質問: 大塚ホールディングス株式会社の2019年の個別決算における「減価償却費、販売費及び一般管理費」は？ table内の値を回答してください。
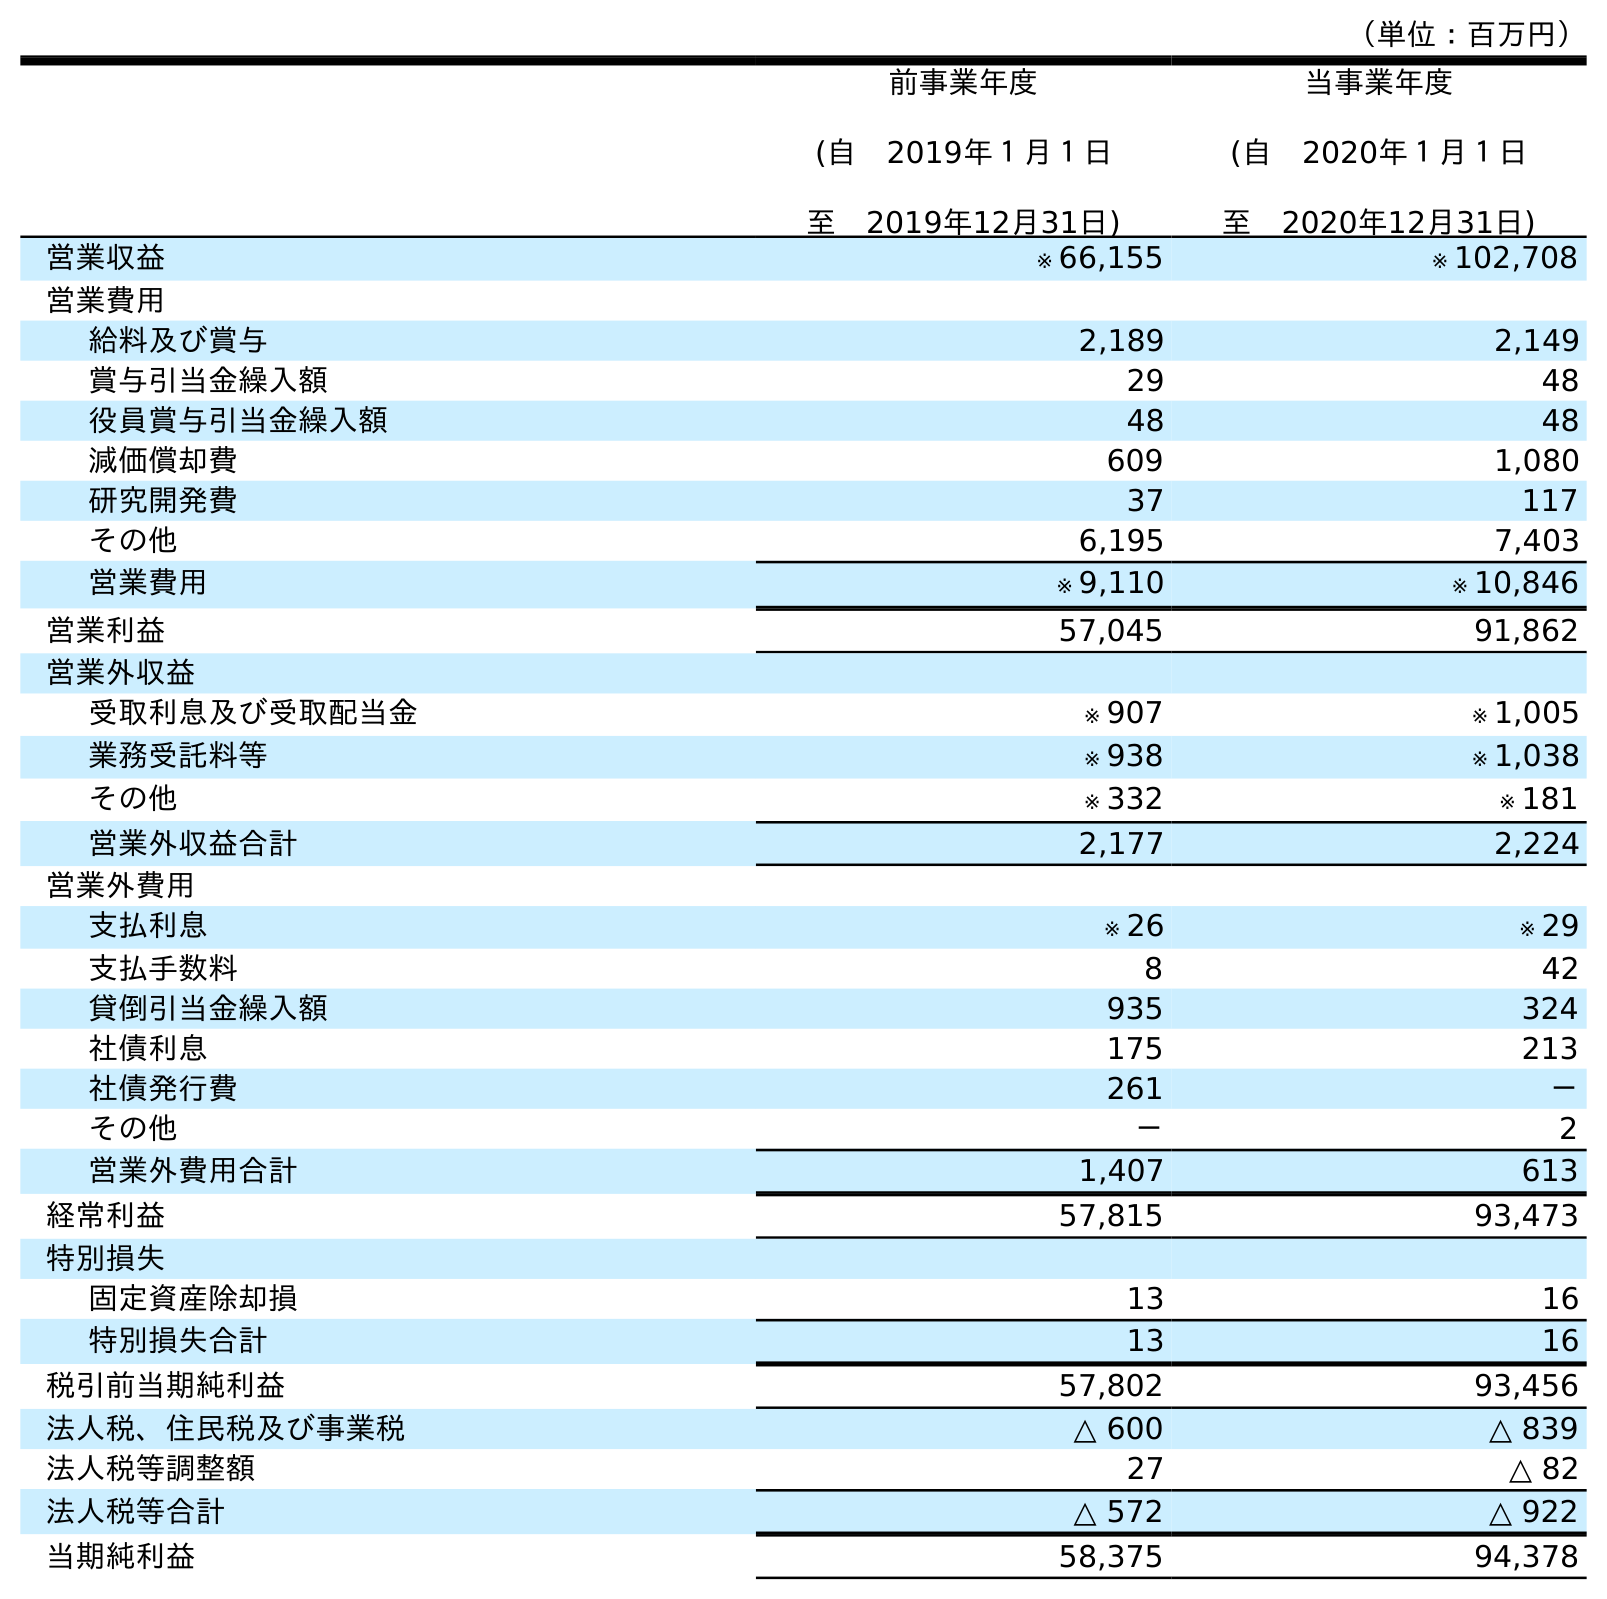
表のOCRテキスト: （単位：百万円） 前事業年度 (自 2019年１月１日 至 2019年12月31日) 当事業年度 (自 2020年１月１日 至 2020年12月31日) 営業収益 ※ 66,155 ※ 102,708 営業費用 給料及び賞与 2,189 2,149 賞与引当金繰入額 29 48 役員賞与引当金繰入額 48 48 減価償却費 609 1,080 研究開発費 37 117 その他 6,195 7,403 営業費用 ※ 9,110 ※ 10,846 営業利益 57,045 91,862 営業外収益 受取利息及び受取配当金 ※ 907 ※ 1,005 業務受託料等 ※ 938 ※ 1,038 その他 ※ 332 ※ 181 営業外収益合計 2,177 2,224 営業外費用 支払利息 ※ 26 ※ 29 支払手数料 8 42 貸倒引当金繰入額 935 324 社債利息 175 213 社債発行費 261 － その他 － 2 営業外費用合計 1,407 613 経常利益 57,815 93,473 特別損失 固定資産除却損 13 16 特別損失合計 13 16 税引前当期純利益 57,802 93,456 法人税、住民税及び事業税 △ 600 △ 839 法人税等調整額 27 △ 82 法人税等合計 △ 572 △ 922 当期純利益 58,375 94,378
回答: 609